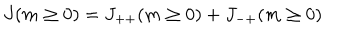
LaTeX: J ( m \ge 0 ) = J _ { + + } ( m \ge 0 ) + J _ { - + } ( m \ge 0 )